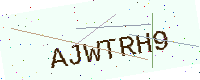
Text: AJWTRH9